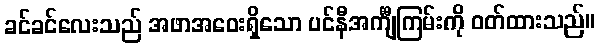
ခင်ခင်လေးသည် အဖာအဝေးရှိသော ပင်နီအင်္ကျီကြမ်းကို ဝတ်ထားသည်။